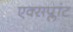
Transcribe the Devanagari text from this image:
एक्सप्लांट